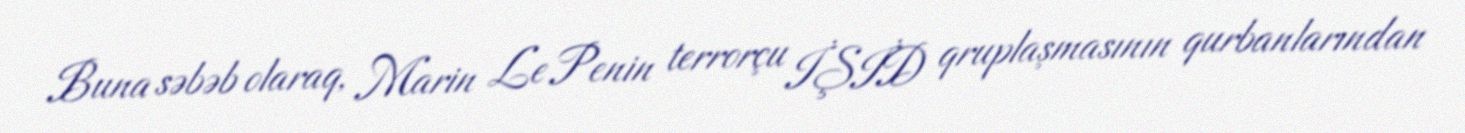
Buna səbəb olaraq, Marin Le Penin terrorçu İŞİD qruplaşmasının qurbanlarından